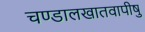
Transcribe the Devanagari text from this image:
चण्डालखातवापीषु